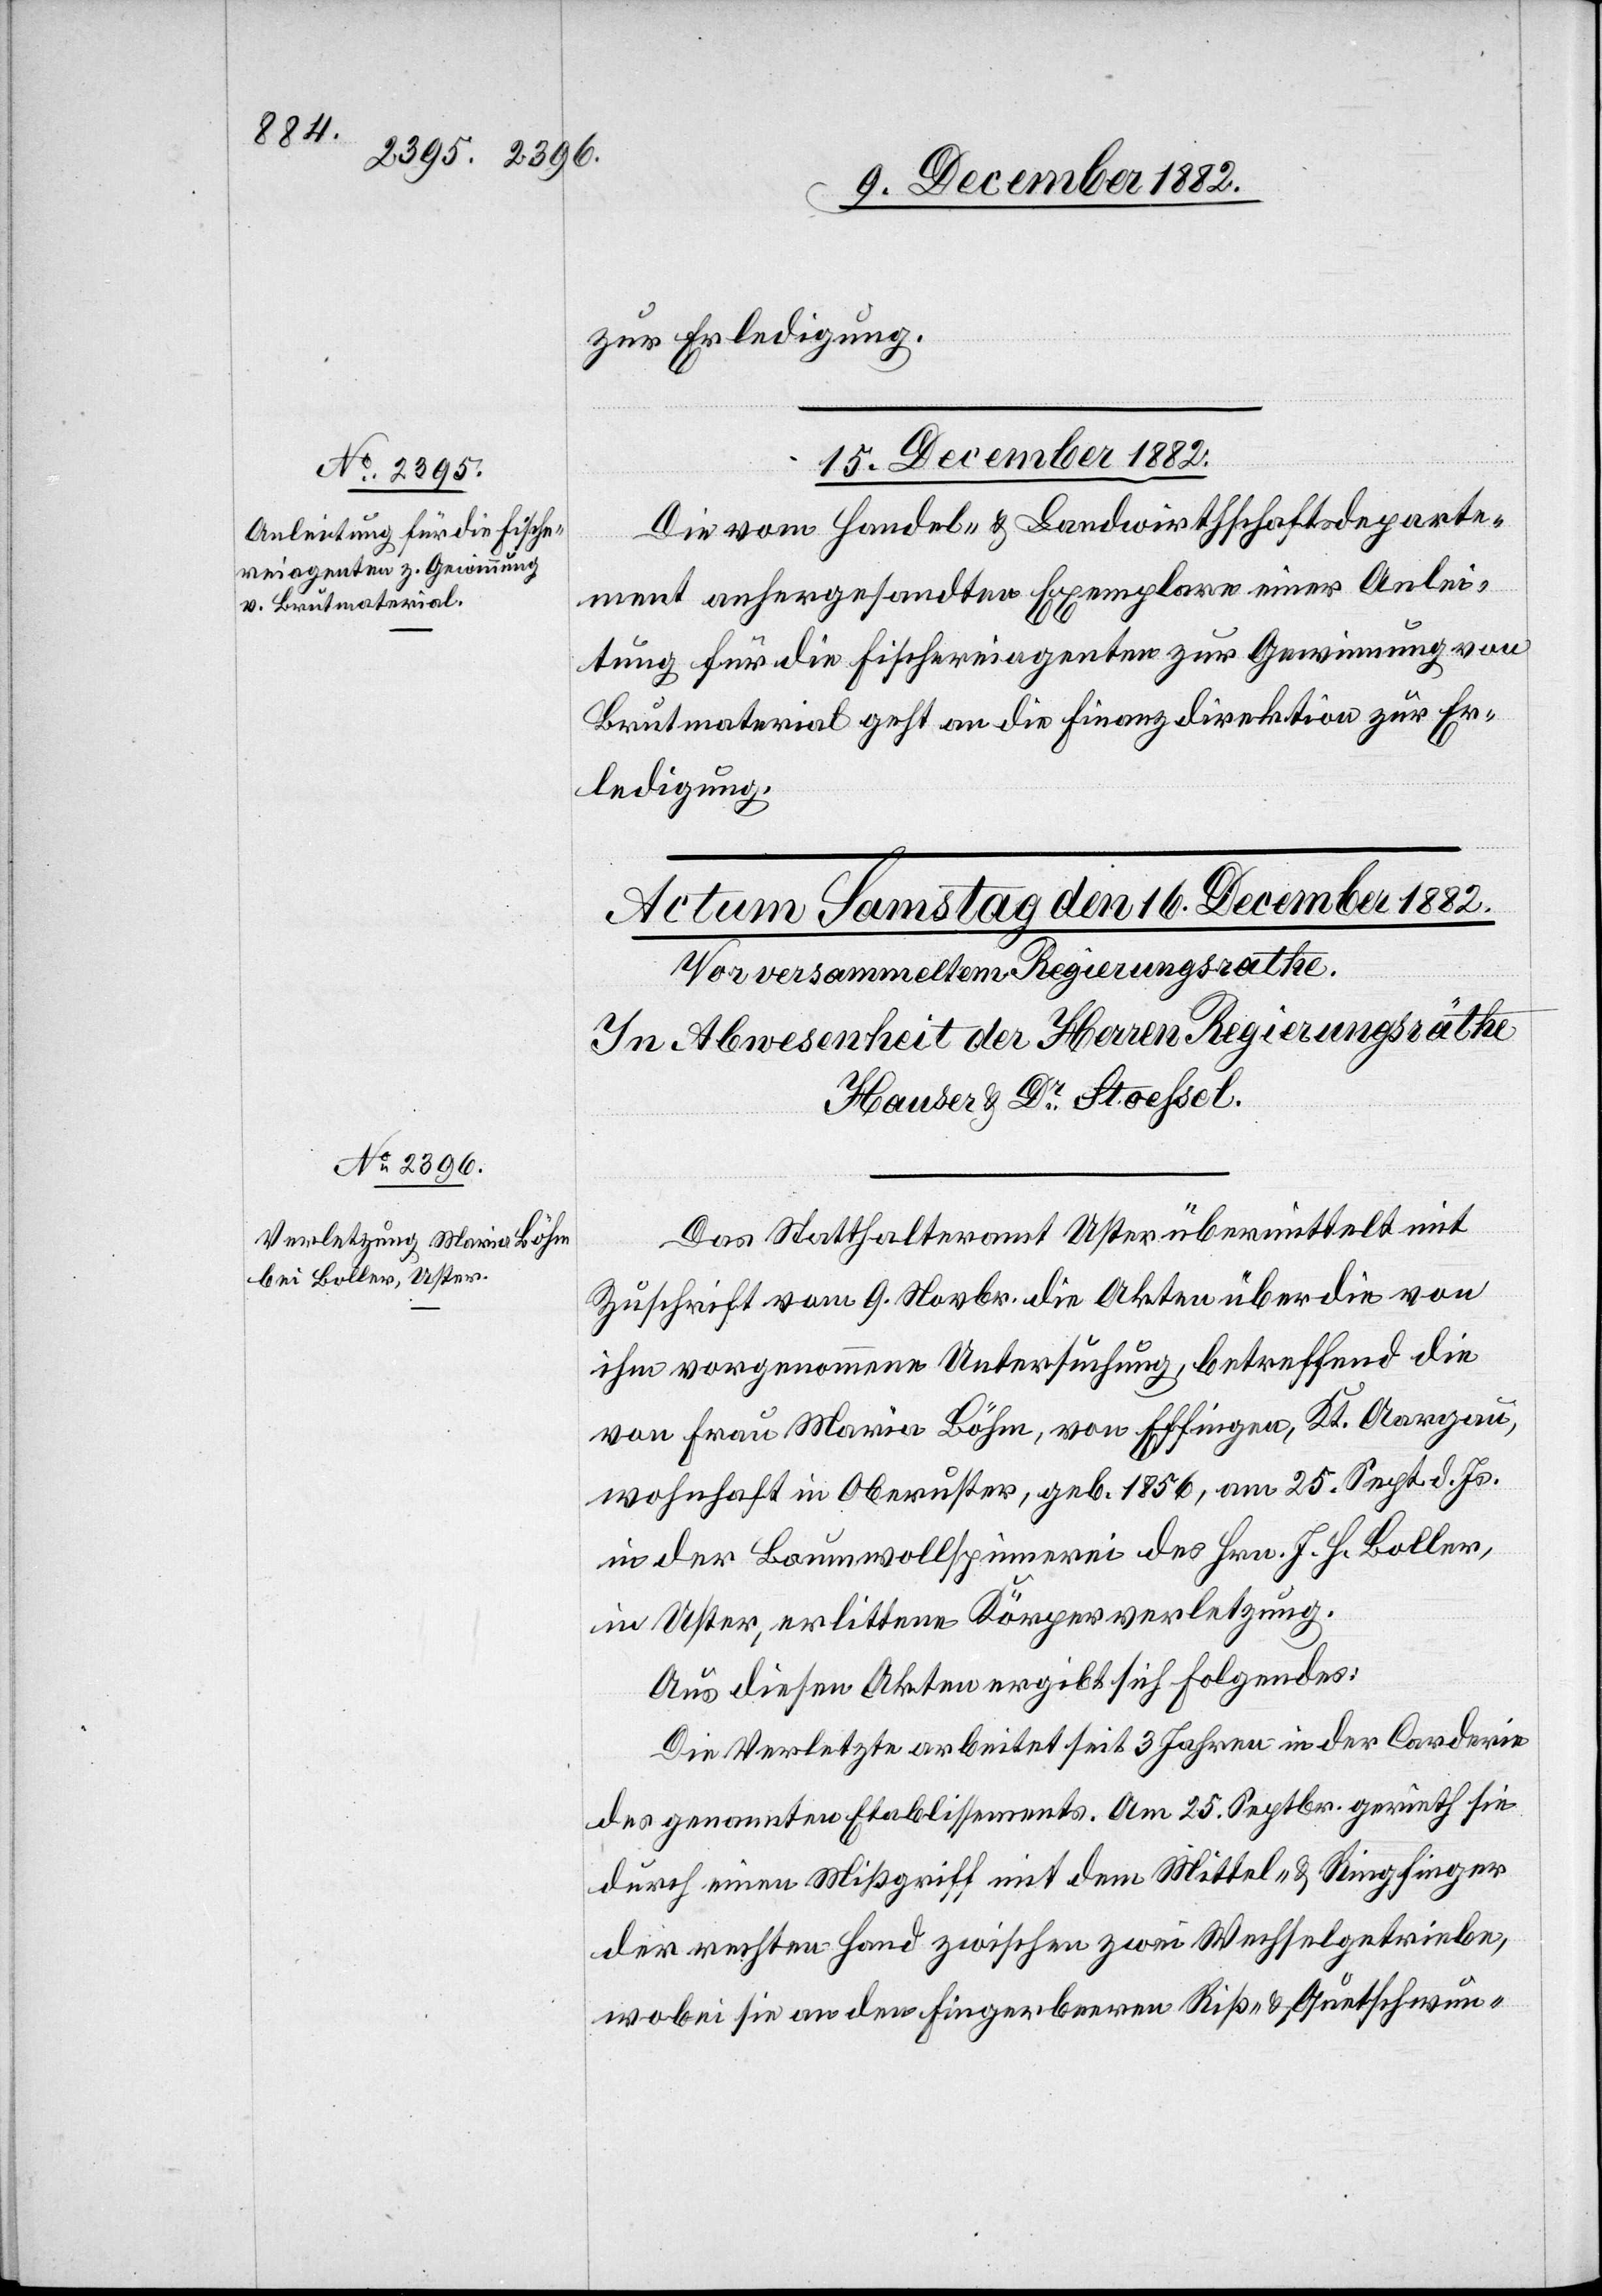
zur Erledigung.
15. December 1882.
Die vom Handel- & Landwirthschaftsdeparte¬
ment anhergesandten Exemplare einer Anlei¬
tung für die Fischereiagenten zur Gewinnung von
Brutmaterial geht an die Finanzdirektion zur Er¬
ledigung.
Das Statthalteramt Uster übermittelt mit
Zuschrift vom 9. Novbr. die Akten über die von
ihm vorgenommene Untersuchung, betreffend die
von Frau Maria Böhm, von Effingen, Kt. Aargau,
wohnhaft in Oberuster, geb. 1856, am 25. Sept. d. Js.
in der Baumwollspinnerei des Hrn. J. H. Boller,
in Uster, erlittene Körperverletzung.
Aus diesen Akten ergibt sich Folgendes:
Die Verletzte arbeitet seit 3 Jahren in der Carderie
des genannten Etablissements. Am 25. Septbr. gerieth sie
durch einen Mißgriff mit dem Mittel- & Ringfinger
der rechten Hand zwischen zwei Wechselgetriebe,
wobei sie an den Fingerbeeren Riß- & Quetschwun-